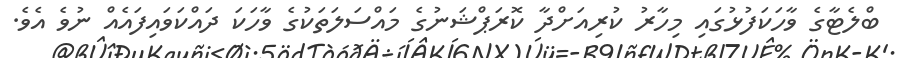
ބްލެޓާގެ ވާހަކަފުޅުގައި މިހާރު ކުރިއަށްދާ ކޮރަޕްޝަނުގެ މައްސަލަތަކުގެ ވާހަކަ ދައްކަވައިފައެއް ނުވެ އެވެ.